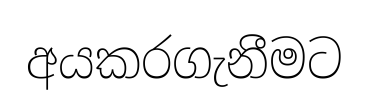
අයකරගැනීමට